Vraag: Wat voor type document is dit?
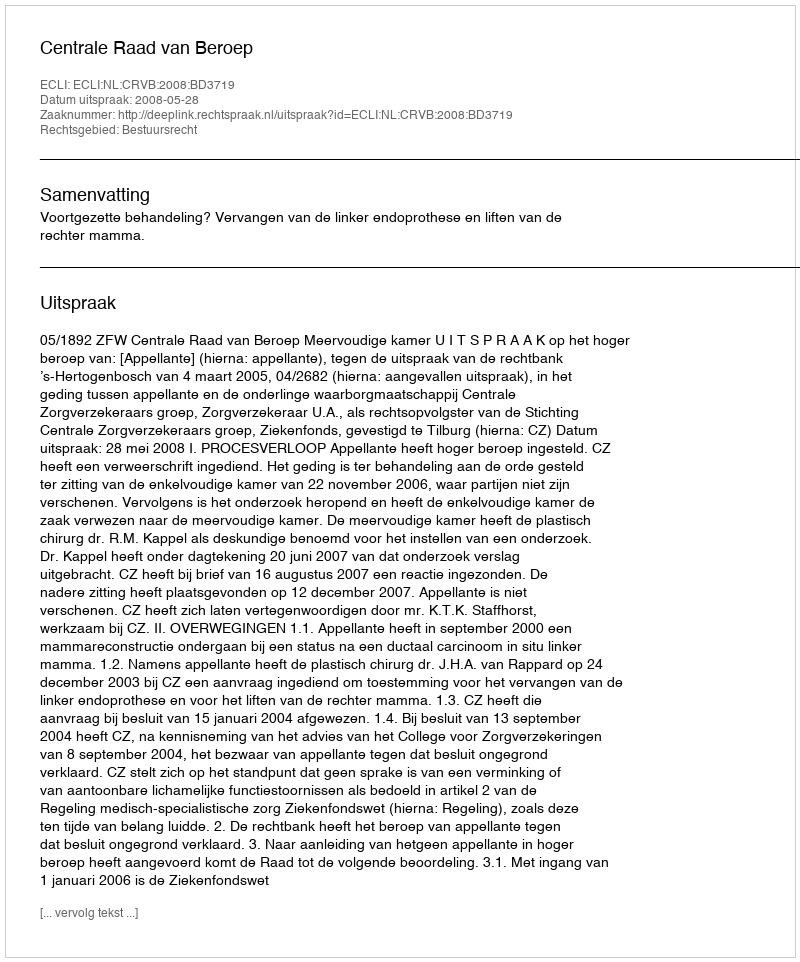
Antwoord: Uitspraak